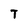
Character: T